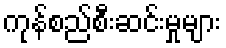
ကုန်စည်စီးဆင်းမှုများ